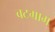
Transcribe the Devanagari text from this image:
बटग्राम